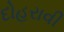
દોહરાવી